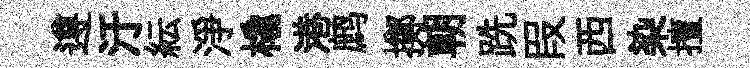
遵汙紜淨橇港鹧擲朝跣叚西染擅